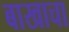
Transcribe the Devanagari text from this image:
बाखाचा